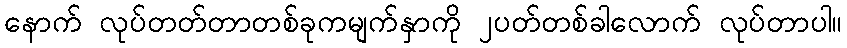
နောက် လုပ်တတ်တာတစ်ခုကမျက်နှာကို ၂ပတ်တစ်ခါလောက် လုပ်တာပါ။